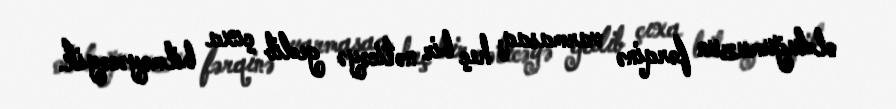
olduğumuzun fərqinə varmasaq, heç bir nəticəyə gedib çıxa bilməyəcəyik.